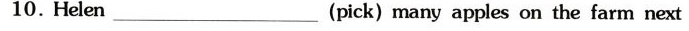
10.Helen_(pick)many apples on the farm next